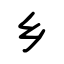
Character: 乡